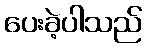
ပေးခဲ့ပါသည်